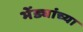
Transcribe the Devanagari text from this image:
भेंड्यांच्या